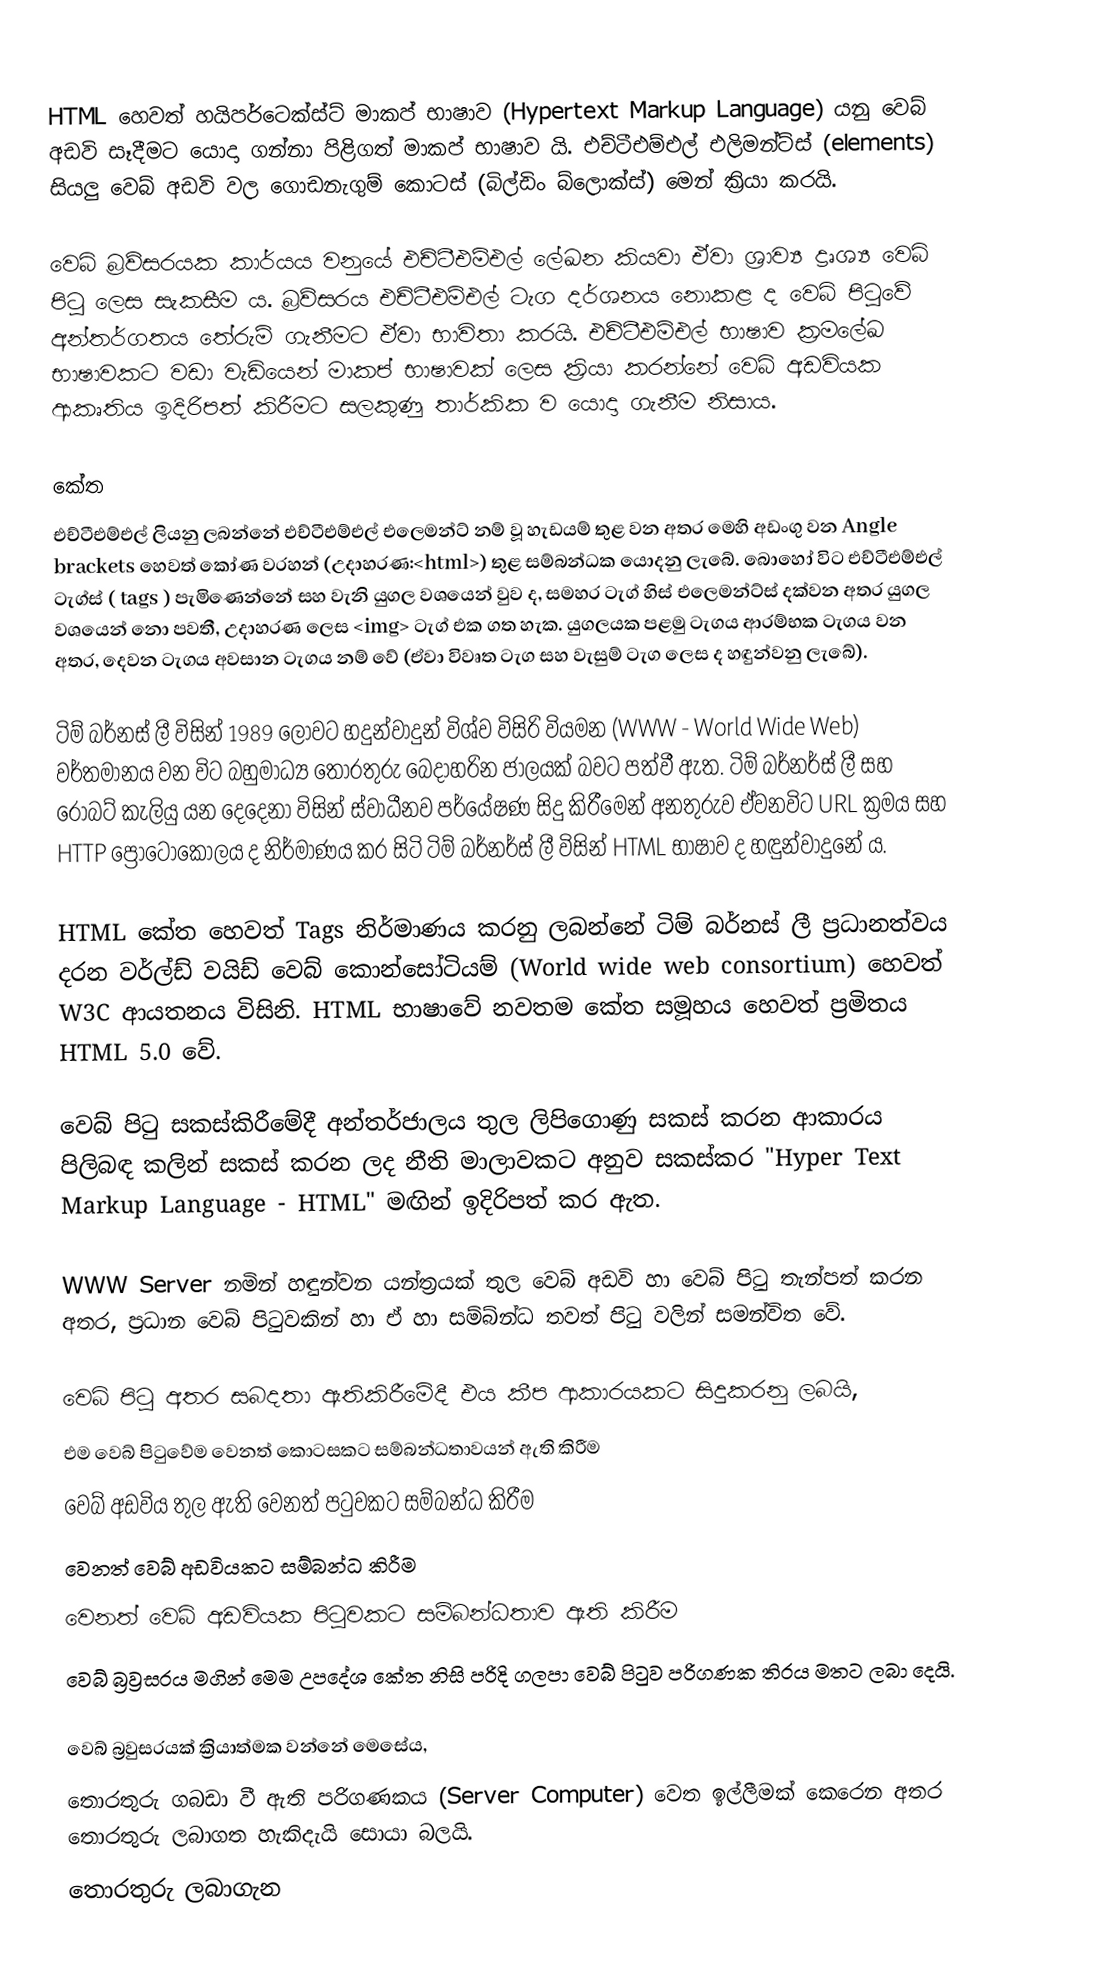
HTML හෙවත් හයිපර්ටෙක්ස්ට් මාකප් භාෂාව (Hypertext Markup Language) යනු වෙබ් අඩවි සෑදීමට යොදා ගන්නා පිළිගත් මාකප් භාෂාව යි. එච්ටීඑම්එල් එලිමන්ට්ස් (elements) සියලු වෙබ් අඩවි වල ගොඩනැගුම් කොටස් (බිල්ඩිං බ්ලොක්ස්) මෙන් ක්‍රියා කරයි.

වෙබ් බ්‍රව්සරයක කාර්යය වනුයේ එච්ටීඑම්එල් ලේඛන කියවා ඒවා ශ්‍රාව්‍ය ද්‍රෘශ්‍ය වෙබ් පිටු ලෙස සැකසීම ය. බ්‍රව්සරය එච්ටීඑම්එල් ටැග දර්ශනය නොකළ ද වෙබ් පිටුවේ අන්තර්ගතය තේරුම් ගැනීමට ඒවා භාවිතා කරයි. එච්ටීඑම්එල් භාෂාව ක්‍රමලේඛ භාෂාවකට වඩා වැඩියෙන් මාකප් භාෂාවක් ලෙස ක්‍රියා කරන්නේ වෙබ් අඩවියක ආකෘතිය ඉදිරිපත් කිරීමට සලකුණු තාර්කික ව යොදා ගැනීම නිසාය.

කේත
එච්ටීඑම්එල් ලියනු ලබන්නේ එච්ටීඑම්එල් එලෙමන්ට් නම් වූ හැඩයම් තුළ වන අතර මෙහි අඩංගු වන Angle brackets හෙවත් කෝණ වරහන් (උදාහරණ:<html>) තුළ සම්බන්ධක යොදනු ලැබේ. බොහෝ විට එච්ටීඑම්එල් ටැග්ස් ( tags ) පැමිණෙන්නේ  සහ  වැනි යුගල වශයෙන් වුව ද, සමහර ටැග් හිස් එලෙමන්ට්ස් දක්වන අතර යුගල වශයෙන් නො පවතී, උදාහරණ ලෙස  ටැග් එක ගත හැක. යුගලයක පළමු ටැගය ආරම්භක ටැගය වන අතර, දෙවන ටැගය අවසාන ටැගය නම් වේ (ඒවා විවෘත ටැග සහ වැසුම් ටැග ලෙස ද හඳුන්වනු ලැබේ).

ටිම් බර්නස් ලී විසින් 1989 ලොවට හදුන්වාදුන් විශ්ව විසිරි වියමන (WWW - World Wide Web) වර්තමානය වන විට බහුමාධ්‍ය තොරතුරු බෙදාහරින ජාලයක් බවට පත්වී ඇත. ටිම් බර්නර්ස් ලී සහ රොබට් කැලියු යන දෙදෙනා විසින් ස්වාධීනව පර්යේෂණ සිදු කිරීමෙන් අනතුරුව ඒවනවිට URL ක්‍රමය සහ HTTP ප්‍රොටෝකෝලය ද නිර්මාණය කර සිටි ටිම් බර්නර්ස් ලී විසින් HTML භාෂාව ද හඳුන්වාදුනේ ය.

HTML කේත හෙවත් Tags නිර්මාණය කරනු ලබන්නේ ටිම් බර්නස් ලී ප්‍රධානත්වය දරන වර්ල්ඩ් වයිඩ් වෙබ් කොන්සෝටියම් (World wide web consortium) හෙවත් W3C ආයතනය විසිනි. HTML භාෂාවේ නවතම කේත සමූහය හෙවත් ප්‍රමිතය HTML 5.0 වේ.

වෙබ් පිටු සකස්කිරීමේදී අන්තර්ජාලය තුල ලිපිගොණු සකස් කරන ආකාරය පිලිබඳ කලින් සකස් කරන ලද නීති මාලාවකට අනුව සකස්කර "Hyper Text Markup Language - HTML" මඟින් ඉදිරිපත් කර ඇත.

WWW Server නමින් හඳුන්වන යන්ත්‍රයක් තුල වෙබ් අඩවි හා වෙබ් පිටු තැන්පත් කරන අතර, ප්‍රධාන වෙබ් පිටුවකින් හා ඒ හා සම්බ්න්ධ තවත් පිටු වලින් සමන්විත වේ.

වෙබ් පිටු අතර සබදතා ඇතිකිරීමේදී එය කීප ආකාරයකට සිදුකරනු ලබයි,
 එම වෙබ් පිටුවේම වෙනත් කොටසකට සම්බන්ධතාවයන් ඇති කිරීම
 වෙබ් අඩවිය තුල ඇති වෙනත් පටුවකට සම්බන්ධ කිරීම
 වෙනත් වෙබ් අඩවියකට සම්බන්ධ කිරීම
 වෙනත් වෙබ් අඩවියක පිටුවකට සම්බන්ධතාව ඇති කිරීම
වෙබ් බ්‍රව්‍රසරය මගින් මෙම උපදේශ කේත නිසි පරිදි ගලපා වෙබ් පිටුව පරිගණක තිරය මතට ලබා දෙයි.

වෙබ් බ්‍රවුසරයක් ක්‍රියාත්මක වන්නේ මෙසේය,
 තොරතුරු ගබඩා වී ඇති පරිගණකය (Server Computer) වෙත ඉල්ලීමක් කෙරෙන අතර තොරතුරු ලබාගත හැකිදැයි සොයා බලයි.
 තොරතුරු ලබාගැන